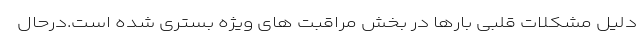
دلیل مشکلات قلبی بارها در بخش مراقبت های ویژه بستری شده است.درحال